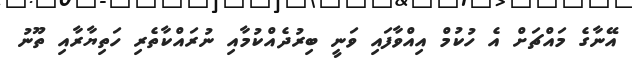
އޭނާގެ މައްޗަށް އެ ހުކުމް އިއްވާފައި ވަނީ ބިރުދެއްކުމާއި ނުރައްކާތެރި ހަތިޔާރާއި ތޫނު